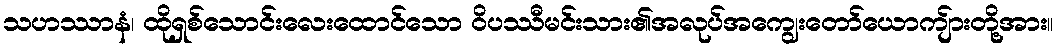
သဟဿာနံ၊ ထိုရှစ်သောင်းလေးထောင်သော ဝိပဿီမင်းသား၏အလုပ်အကျွေးတော်ယောကျ်ားတို့အား။